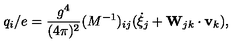
q _ { i } / e = \frac { g ^ { 4 } } { ( 4 \pi ) ^ { 2 } } ( M ^ { - 1 } ) _ { i j } ( \dot { \xi } _ { j } + { \bf W } _ { j k } \cdot { \bf v } _ { k } ) ,